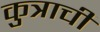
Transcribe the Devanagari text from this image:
कुत्राची